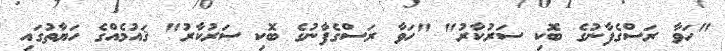
"ހަވާ ރަސްގެފާނުގެ ބޮކި ސަރުކާރު" "ހަވާ ރަސްގެފާނުގެ ބޮކި ސަރުކާރު" ޤައުމެއްގެ ހަޔާތުގައި